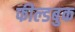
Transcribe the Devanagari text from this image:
फील्डबुक